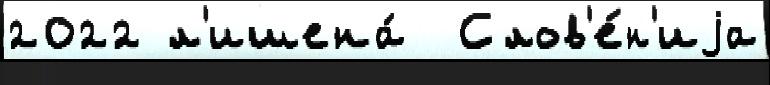
2022 л'ишена́  Слов'е́н'иjа